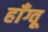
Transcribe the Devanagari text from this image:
हाँग्वू